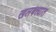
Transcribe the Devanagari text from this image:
खलबत्त्यात